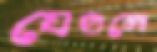
যেগুলো